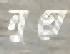
নুয়ে